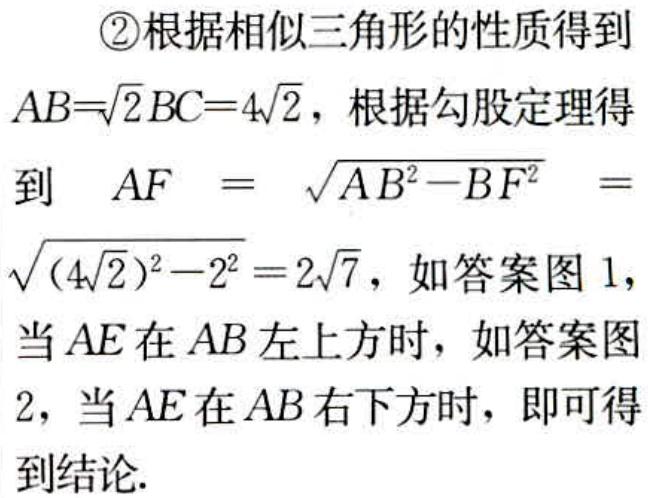
教师先引导学生进行分析：三个数之和等于这三个数之积。